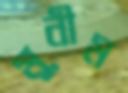
মুনীম